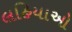
લહિયાઓ